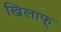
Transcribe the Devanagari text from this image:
खिलाफ्